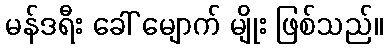
မန်ဒရီး ခေါ် မျောက် မျိုး ဖြစ်သည်။